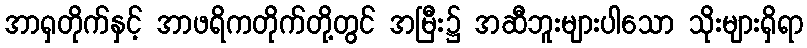
အာရှတိုက်နှင့် အာဖရိကတိုက်တို့တွင် အမြီး၌ အဆီဘူးများပါသော သိုးများရှိရာ